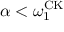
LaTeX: \alpha < \omega _ { 1 } ^ { \mathrm { C K } }